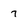
Character: 7